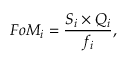
F o M _ { i } = \frac { S _ { i } \times Q _ { i } } { f _ { i } } ,